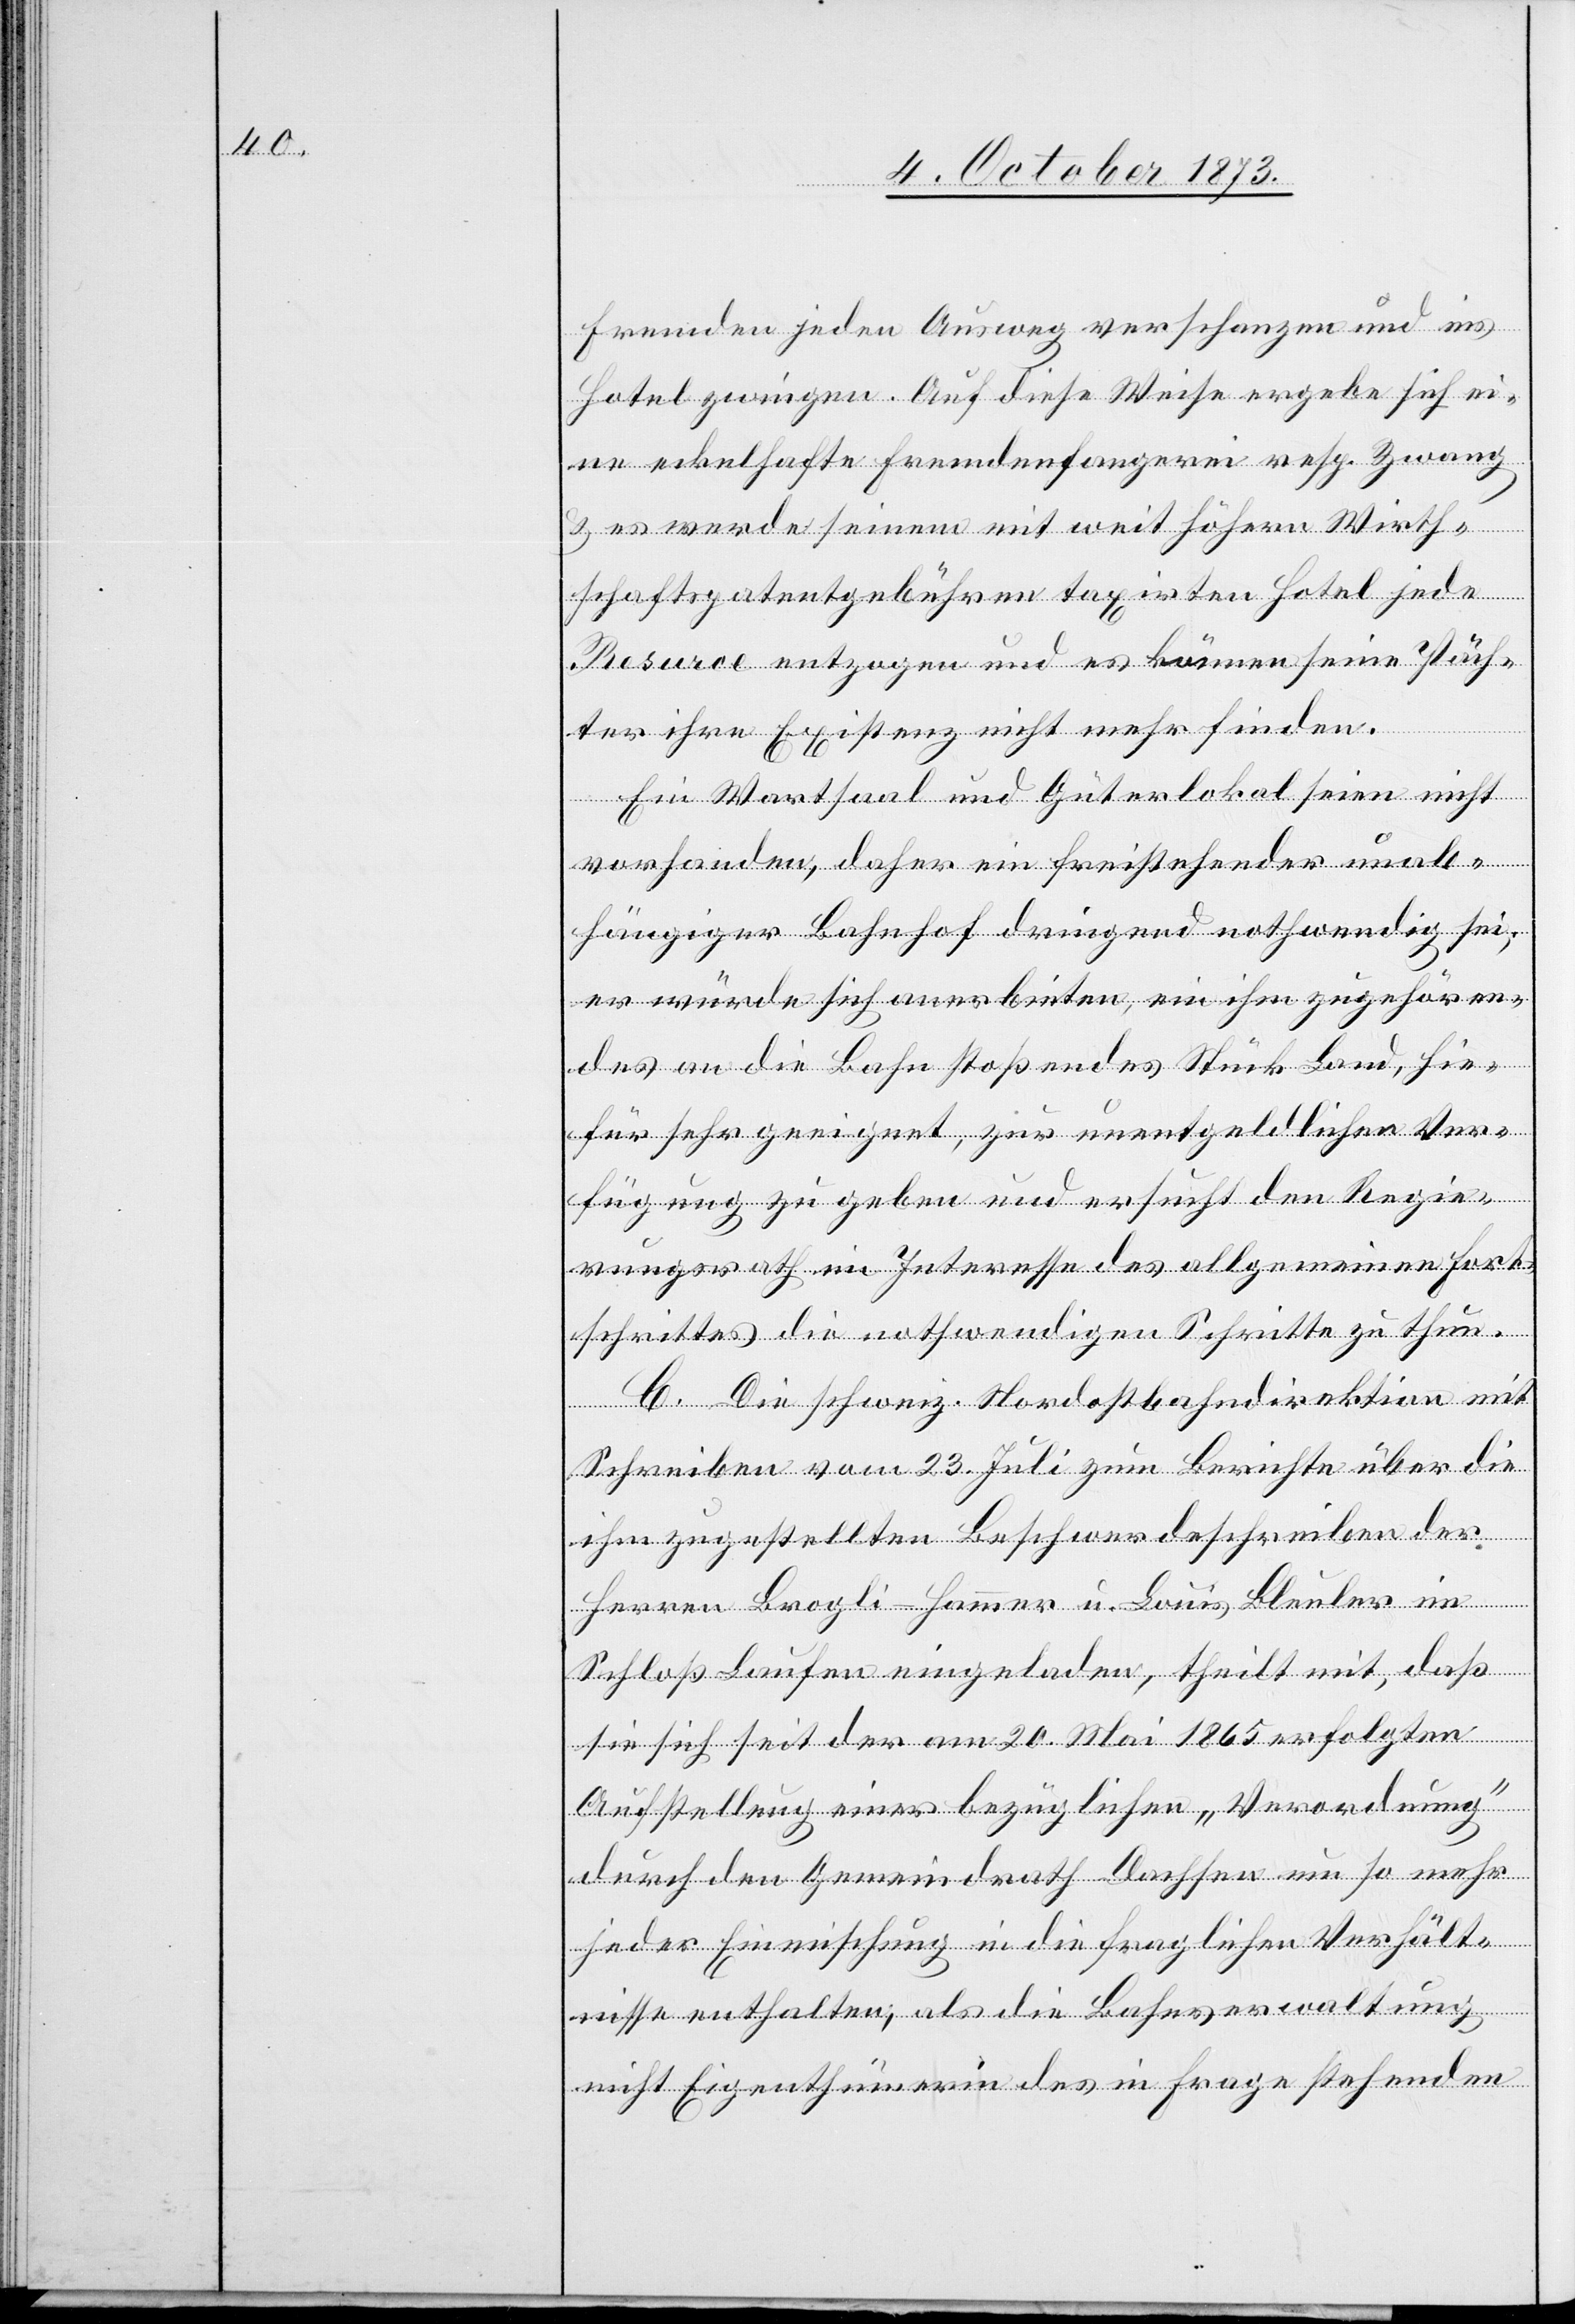
Fremden jeden Ausweg verschanzen und ins
Hotel zwingen. Auf diese Weise ergebe sich ei¬
ne eckelhafte Fremdenfangerei resp. Zwang
& es werde seinem mit weit höhern Wirth¬
schaftspatentgebühren taxirten Hotel jede
Resurce entzogen und es können seine Päch¬
ter ihre Existenz nicht mehr finden.
Ein Wartsaal und Güterlokal seien nicht
vorhanden, daher ein freistehender unab¬
hängiger Bahnhof dringend ntohwendig sei;
er würde sich anerbieten, ein ihm zugehören¬
des an die Bahn stoßendes Stück Land, hie¬
für sehr geeignet, zur unentgeldlichen Ver¬
fügung zu geben und ersucht den Regie¬
rungsrath im Interesse des allgemeinen Fort¬
schrittes die nothwendigen Schritte zu thun.
C. Die schweiz. Nordostbahndirektion mit
Schreiben vom 23. Juli zum Berichte über die
ihm zugestellten Beschwerdeschreiben der
Herren Brogli–Hammer u. Louis Bleuler im
Schloß Laufen eingeladen, theilt mit, daß
sie sich seit der am 20. Mai 1865 erfolgten
Aufstellung einer bezüglichen „Verordnung“
durch den Gemeindrath Dachsen um so mehr
jeder Einmischung in die fraglichen Verhält¬
nisse enthalten, als die Bahnverwaltung
nicht Eigenthümerin des in Frage stehenden